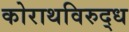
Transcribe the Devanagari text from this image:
कोराथविरुद्ध